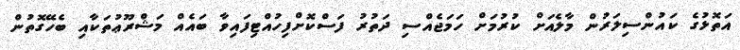
އަތޮޅުގެ ކައުންސިލަރުން މާލެއަށް ކުރުމަށް ހަމަޖެއްސި ދަތުރު ފަސްކޮށްފިހުއްޓިފައިވާ ބައެއް މަޝްރޫޢުތަކާއި ބެހޭގޮތުން